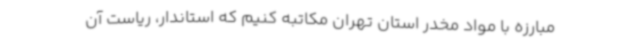
مبارزه با مواد مخدر استان تهران مکاتبه کنیم که استاندار، ریاست آن